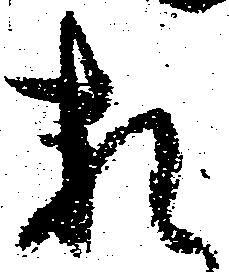
頼